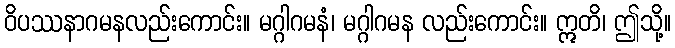
ဝိပဿနာဂမနလည်းကောင်း။ မဂ္ဂါဂမနံ၊ မဂ္ဂါဂမန လည်းကောင်း။ ဣတိ၊ ဤသို့။